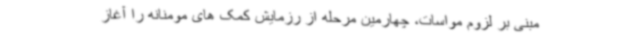
مبنی بر لزوم مواسات، چهارمین مرحله از رزمایش کمک های مومنانه را آغاز